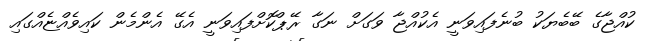
ކުއްޖާގެ ބޭބެޔަކު ބުނެފައިވަނީ އެކުއްޖާ ވަގަށް ނަގާ ރޭޕްކޮށްފައިވަނީ އެގޭ އެންމެން ކައިވެއްޏެއްގައި